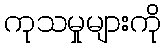
ကုသမှုများကို